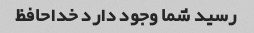
رسید شما وجود دارد خداحافظ